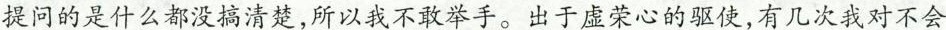
提问的是什么都没搞清楚，所以我不敢举手。出于虚荣心的驱使，有几次我对不会